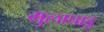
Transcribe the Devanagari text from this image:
मुलापाडू